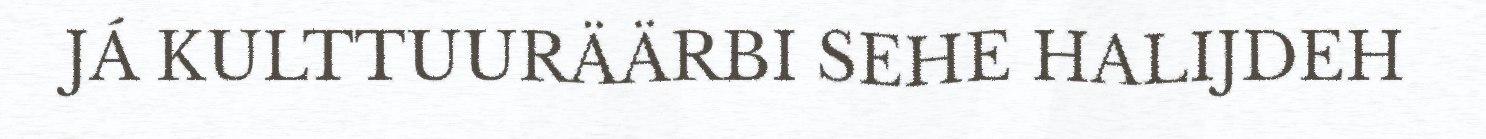
JÁ KULTTUURÄÄRBI SEHE HALIJDEH